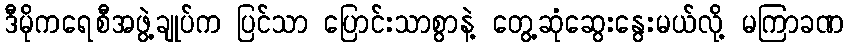
ဒီမိုကရေစီအဖွဲ့ချုပ်က ပြင်သာ ပြောင်းသာစွာနဲ့ တွေ့ဆုံဆွေးနွေးမယ်လို့ မကြာခဏ